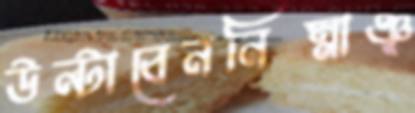
উল্টাবেননিম্নাঞ্